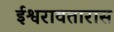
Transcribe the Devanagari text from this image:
ईश्वरावतारास